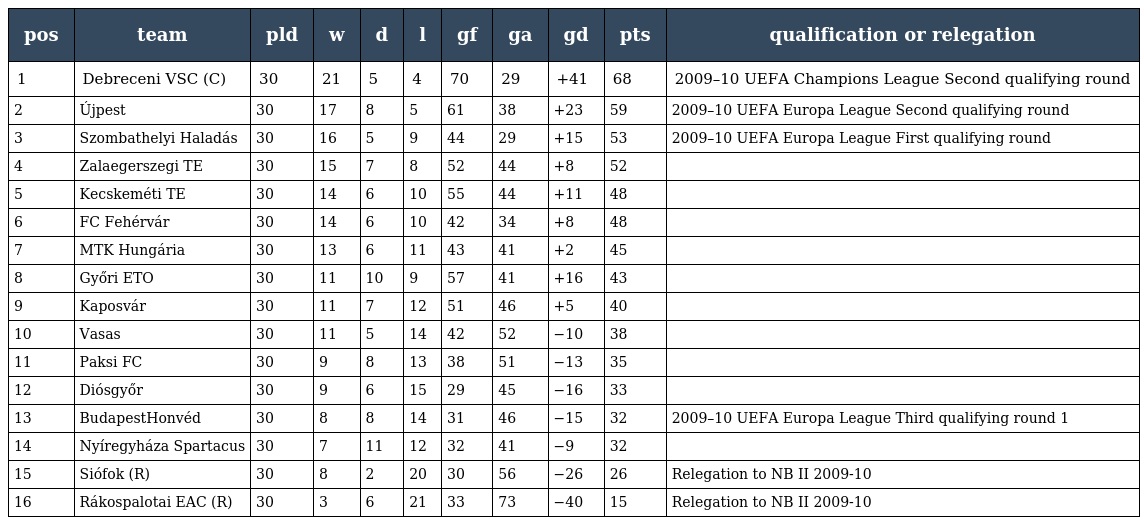
| pos | team | pld | w | d | l | gf | ga | gd | pts | qualification or relegation |
 | --- | --- | --- | --- | --- | --- | --- | --- | --- | --- | --- |
 | 1 | Debreceni VSC (C) | 30 | 21 | 5 | 4 | 70 | 29 | +41 | 68 | 2009–10 UEFA Champions League Second qualifying round |
 | 2 | Újpest | 30 | 17 | 8 | 5 | 61 | 38 | +23 | 59 | 2009–10 UEFA Europa League Second qualifying round |
 | 3 | Szombathelyi Haladás | 30 | 16 | 5 | 9 | 44 | 29 | +15 | 53 | 2009–10 UEFA Europa League First qualifying round |
 | 4 | Zalaegerszegi TE | 30 | 15 | 7 | 8 | 52 | 44 | +8 | 52 |  |
 | 5 | Kecskeméti TE | 30 | 14 | 6 | 10 | 55 | 44 | +11 | 48 |  |
 | 6 | FC Fehérvár | 30 | 14 | 6 | 10 | 42 | 34 | +8 | 48 |  |
 | 7 | MTK Hungária | 30 | 13 | 6 | 11 | 43 | 41 | +2 | 45 |  |
 | 8 | Győri ETO | 30 | 11 | 10 | 9 | 57 | 41 | +16 | 43 |  |
 | 9 | Kaposvár | 30 | 11 | 7 | 12 | 51 | 46 | +5 | 40 |  |
 | 10 | Vasas | 30 | 11 | 5 | 14 | 42 | 52 | −10 | 38 |  |
 | 11 | Paksi FC | 30 | 9 | 8 | 13 | 38 | 51 | −13 | 35 |  |
 | 12 | Diósgyőr | 30 | 9 | 6 | 15 | 29 | 45 | −16 | 33 |  |
 | 13 | BudapestHonvéd | 30 | 8 | 8 | 14 | 31 | 46 | −15 | 32 | 2009–10 UEFA Europa League Third qualifying round 1 |
 | 14 | Nyíregyháza Spartacus | 30 | 7 | 11 | 12 | 32 | 41 | −9 | 32 |  |
 | 15 | Siófok (R) | 30 | 8 | 2 | 20 | 30 | 56 | −26 | 26 | Relegation to NB II 2009-10 |
 | 16 | Rákospalotai EAC (R) | 30 | 3 | 6 | 21 | 33 | 73 | −40 | 15 | Relegation to NB II 2009-10 |